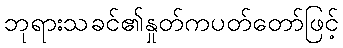
ဘုရားသခင်၏နှုတ်ကပတ်တော်ဖြင့်